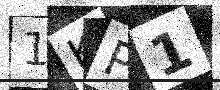
Text: 1KP1